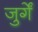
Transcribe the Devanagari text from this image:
जुर्गें